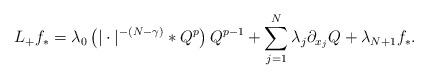
LaTeX: \begin{align*}L_+ f_*= \lambda_0 \left( |\cdot|^{-(N-\gamma)} *Q^{p} \right) Q^{p-1} + \sum_{j=1}^{N} \lambda_j \partial_{x_j} Q + \lambda_{N+1} f_*.\end{align*}